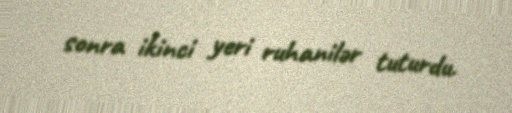
sonra ikinci yeri ruhanilər tuturdu.